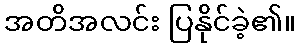
အတိအလင်း ပြနိုင်ခဲ့၏။